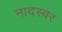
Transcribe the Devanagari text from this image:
नादस्वर